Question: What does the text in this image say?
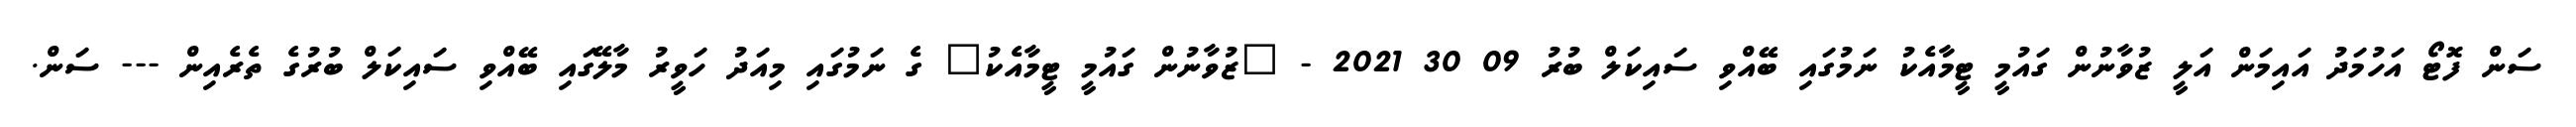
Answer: ސަން ފޮޓޯ އަހުމަދު އައިމަން އަލީ ޒުވާނުން ގައުމީ ޓީމާއެކު ނަމުގައި ބޭއްވި ސައިކަލް ބުރު 09 30 2021 - "ޒުވާނުން ގައުމީ ޓީމާއެކު" ގެ ނަމުގައި މިއަދު ހަވީރު މާލޭގައި ބޭއްވި ސައިކަލް ބުރުގެ ތެރެއިން --- ސަން.